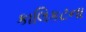
કાલિકટના